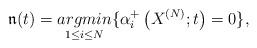
LaTeX: \begin{align*}\mathfrak{n}(t)=\underset{1\le i \le N}{argmin}\{\alpha_i^{+}\left(X^{(N)};t\right)=0\},\end{align*}